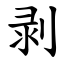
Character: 剥